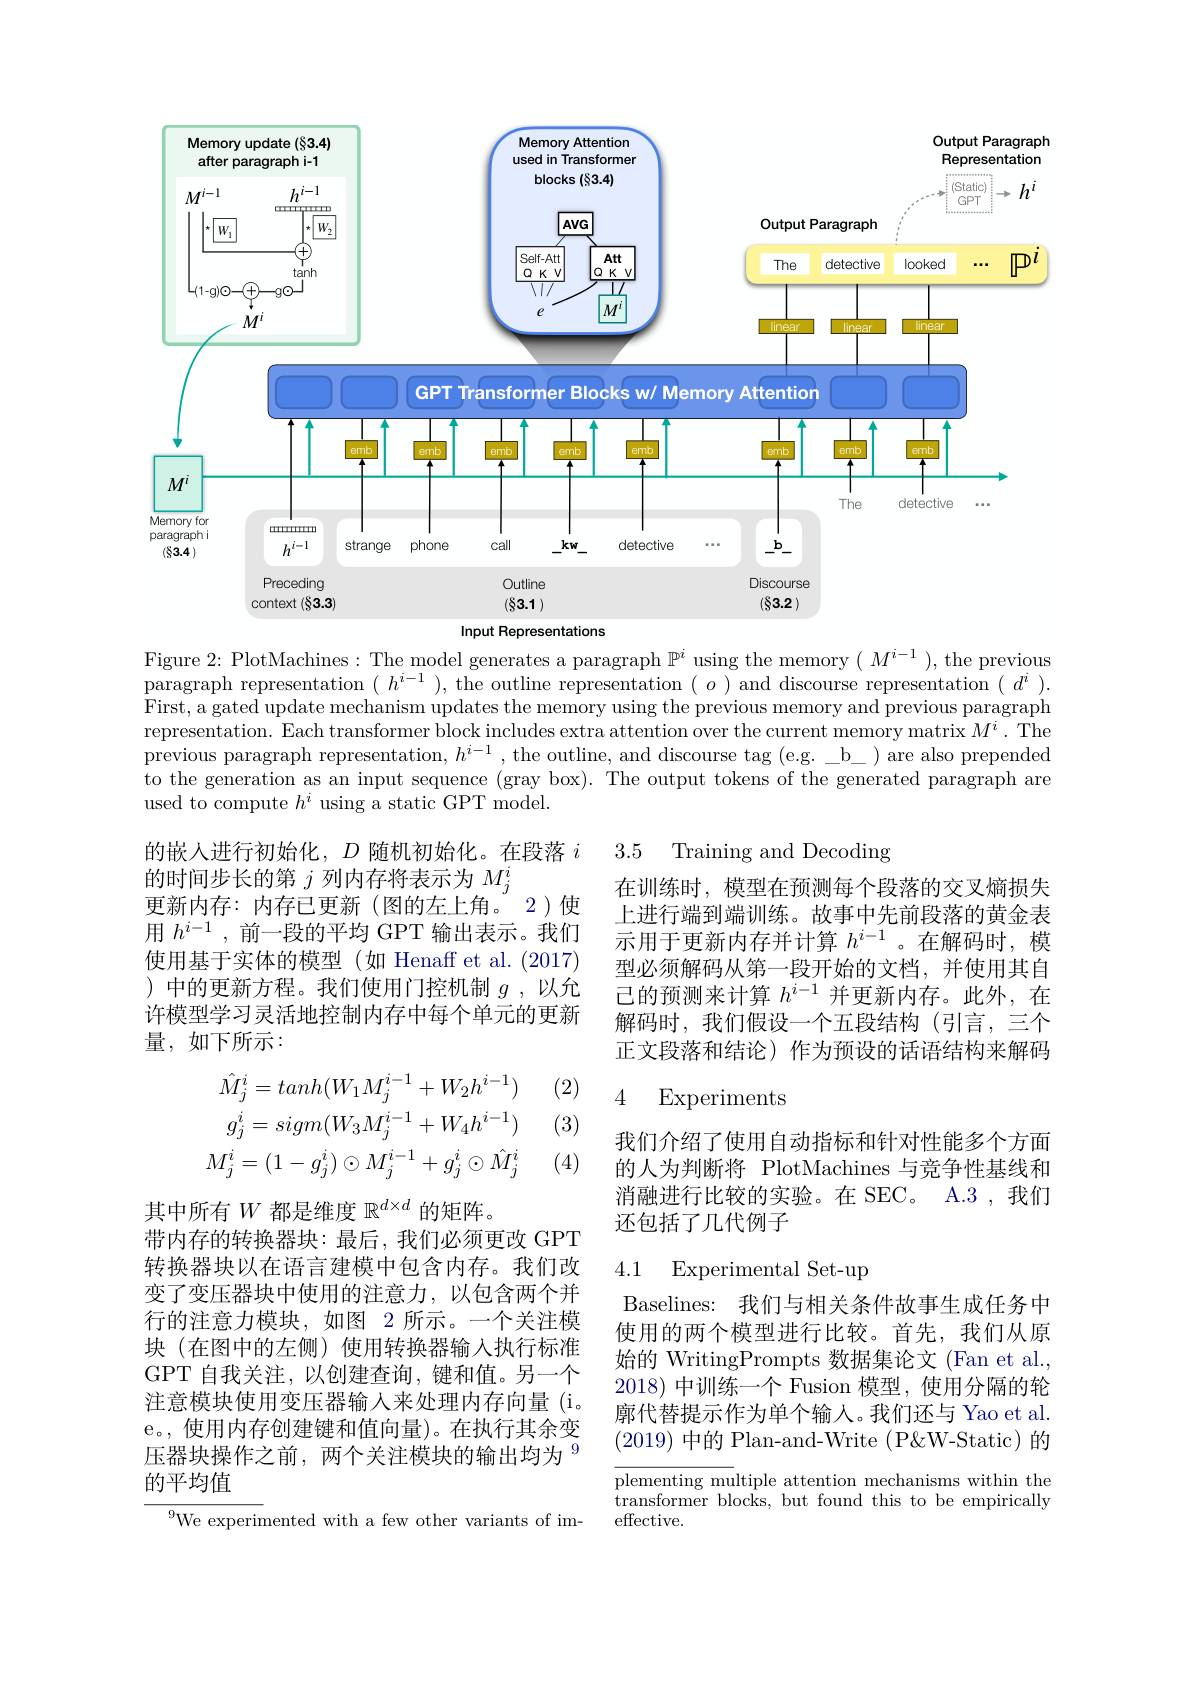
<FigureHere>
Input Representations

Figure 2: PlotMachines : The model generates a paragraph $\mathbb{P}^i$ using the memory $(M^{i-1})$, the previous paragraph representation $(h^{i-1})$, the outline representation $(o)$ and discourse representation $(d^i).$ First, a gated update mechanism updates the memory using the previous memory and previous paragraph representation. Each transformer block includes extra attention over the current memory matrix $M^i.$ The previous paragraph representation, $h^i-1$, the outline, and discourse tag (e.g. b\_) are also prepended to the generation as an input sequence (gray box). The output tokens of the generated paragraph are used to compute $h^i$ using a static GPT model.

3.5 Training and Decoding

的嵌入进行初始化，$D$随机初始化。在段落$i$
的时间步长的第$j$列内存将表示为$M_j^i$
更新内存：内存已更新 (图的左上角。2)使用$h^{i-1}$,前一段的平均 GPT 输出表示。我们使用基于实体的模型(如 Henaff et al.(2017) )中的更新方程。我们使用门控机制$g$ ,以允许模型学习灵活地控制内存中每个单元的更新量，如下所示：

在训练时，模型在预测每个段落的交叉熵损失上进行端到端训练。故事中先前段落的黄金表示用于更新内存并计算$h^i-1$。在解码时，模型必须解码从第一段开始的文档，并使用其自己的预测来计算$h^{i-1}$并更新内存。此外，在解码时，我们假设一个五段结构(引言，三个正文段落和结论)作为预设的话语结构来解码

(2)

## 4 Experiments

(3)
$$\hat{M}_{j}^{i}=tanh(W_{1}M_{j}^{i-1}+W_{2}h^{i-1})\\g_{j}^{i}=sigm(W_{3}M_{j}^{i-1}+W_{4}h^{i-1})\\M_{j}^{i}=(1-g_{j}^{i})\odot M_{j}^{i-1}+g_{j}^{i}\odot\hat{M}_{j}^{i}$$
(4)

我们介绍了使用自动指标和针对性能多个方面的人为判断将 PlotMachines 与竞争性基线和消融进行比较的实验。在 SEC。A.3 , 我们还包括了几代例子

### 4.1 Experimental Set-up

其中所有$W$都是维度$\mathbb{R}^d\times d$的矩阵。
带内存的转换器块：最后，我们必须更改 GPT 转换器块以在语言建模中包含内存。我们改变了变压器块中使用的注意力，以包含两个并行的注意力模块，如图 2 所示。一个关注模块(在图中的左侧)使用转换器输入执行标准GPT 自我关注，以创建查询，键和值。另一个注意模块使用变压器输入来处理内存向量 (i。e。, 使用内存创建键和值向量)。在执行其余变压器块操作之前，两个关注模块的输出均为$^{9}$ 的平均值

Baselines: 我们与相关条件故事生成任务中使用的两个模型进行比较。首先，我们从原始的 WritingPrompts 数据集论文 (Fan et al., 2018) 中训练一个 Fusion 模型，使用分隔的轮廓代替提示作为单个输入。我们还与 Yao et al. (2019)中的 Plan-and-Write (P&W-Static)的

$\overline{\text{plementing mu}}$ltiple attention mechanisms within the ${\mathrm{transformer~blocks,~but~found~this~to~be~empirically}}$ effective.

${^{9}\text{We experim}}$ented with a few other variants of im-